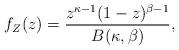
LaTeX: \begin{align*} f_{Z}(z)=\frac{z^{\kappa-1}(1-z)^{\beta-1}}{B(\kappa,\beta)},\end{align*}